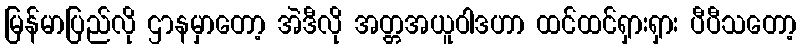
မြန်မာပြည်လို ဌာနမှာတော့ အဲဒီလို အတ္တအယူဝါဒဟာ ထင်ထင်ရှားရှား ပီပီသတော့